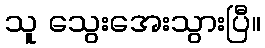
သူ သွေးအေးသွားပြီ။